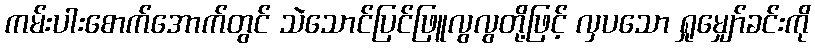
ကမ်းပါးစောက်အောက်တွင် သဲသောင်ပြင်ဖြူလွလွတို့ဖြင့် လှပသော ရှုမျှော်ခင်းကို